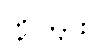
တို့ကြား